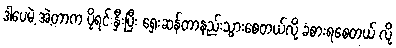
ဒါပေမဲ့ အဲ့တာက ပိုရင်းနှီးပြီး ရှေးဆန်တာနည်းသွားစေတယ်လို့ ခံစားရစေတယ် လို့